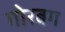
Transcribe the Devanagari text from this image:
गोरबग